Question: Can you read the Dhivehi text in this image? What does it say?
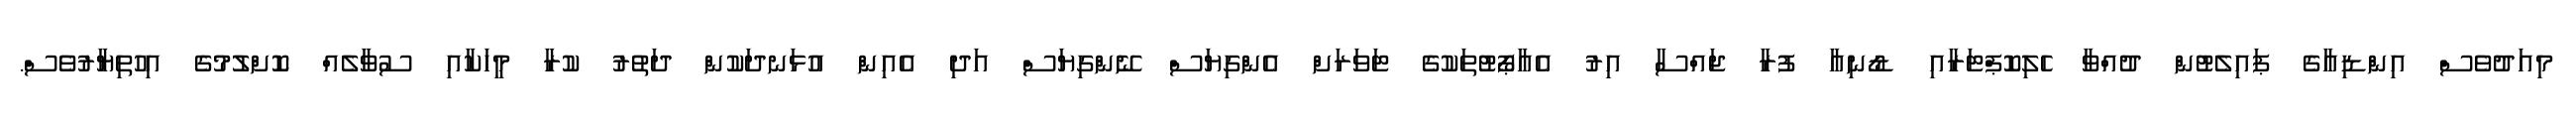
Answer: މިއަދުވެސް އިންޑިއާގެ ޕައިލެޓުން ދުއްވާ ހެލިކޮޕްޓަރާއި ޑޯނިއާ ފުރާ ޖައްސާ އިރު އެއާޕޯޓުތަކުގެ ޓަވަރަށް އެންގިޔަސް ނޭންގިޔަސް އަދި އެއިން އުޅަނދަކުން ދަތުރު ކުރާ މީހަކާއި ސުވާލެއް ކޮށްލުމުގެ އިހުތިޔާރުވެސް.